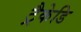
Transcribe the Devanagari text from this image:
ट्रैकेडि